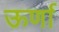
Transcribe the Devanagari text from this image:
ऊर्णा